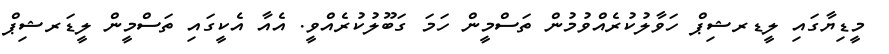
މީޑިޔާގައި ލީޑރޝިޕް ހަވާލުކުރެއްވުމުން ތަސްމީން ހަމަ ގަބޫލުކުރެއްވީ. އެއާ އެކީގައި ތަސްމީން ލީޑަރޝިޕް